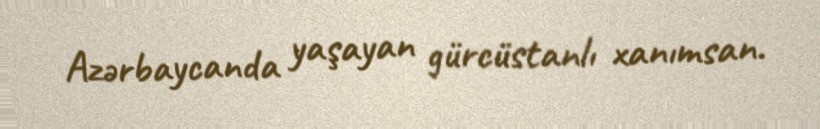
Azərbaycanda yaşayan gürcüstanlı xanımsan.